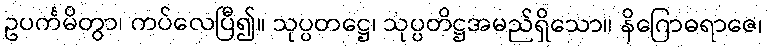
ဥပင်္ကမိတွာ၊ ကပ်လေပြီ၍။ သုပ္ပတဋ္ဌေ၊ သုပ္ပတိဋ္ဌအမည်ရှိသော။ နိဂြောဓရာဇေ၊